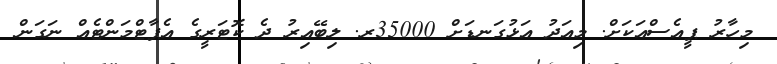
މިހާރު ޕީއެސްއަކަށް. މިއަދު އަޅުގަނޑަށް 35000ރ. ލިބޭއިރު ދެ ކޮޓަރީގެ އެޕާޓްމަންޓެއް ނަގަން